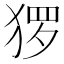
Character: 猡